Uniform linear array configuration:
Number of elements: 8
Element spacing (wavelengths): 1
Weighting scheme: binomial
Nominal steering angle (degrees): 30
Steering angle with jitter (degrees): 29.57
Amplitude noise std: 0.05
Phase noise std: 0.05

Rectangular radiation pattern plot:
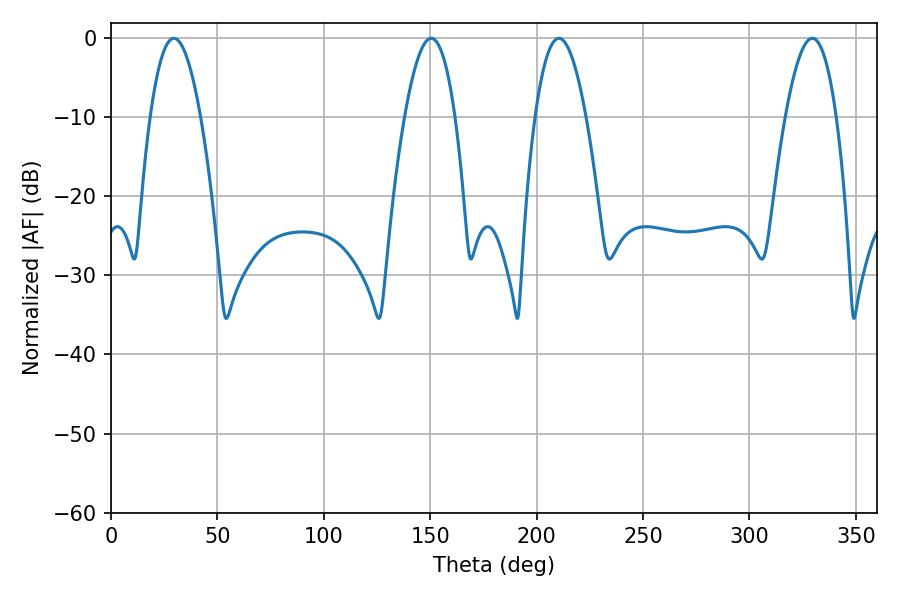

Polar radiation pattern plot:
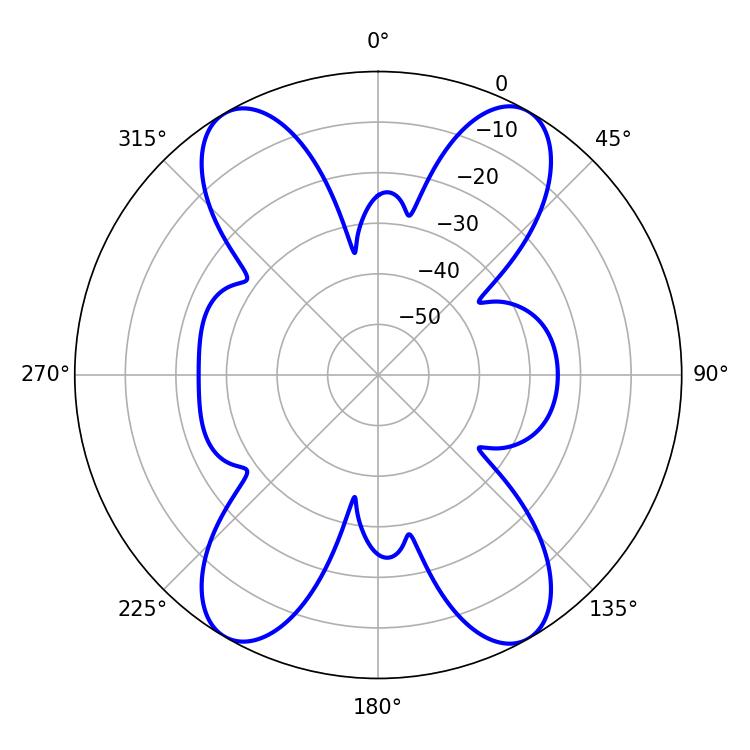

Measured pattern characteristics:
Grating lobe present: TRUE
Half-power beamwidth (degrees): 12.96
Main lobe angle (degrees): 29.52